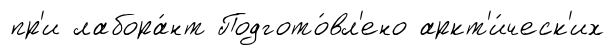
пр'и лабора́нт Подгото́вл'ено аркт'и́ческ'их